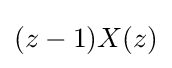
(z-1)X(z)